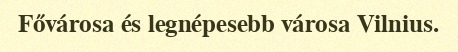
Fővárosa és legnépesebb városa Vilnius.